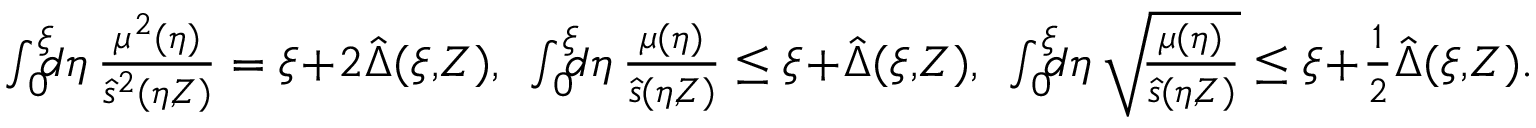
\begin{array} { r } { \int _ { 0 } ^ { \xi } \! \! \! d \eta \, \frac { \mu ^ { 2 } ( \eta ) } { \hat { s } ^ { 2 } ( \eta , \! Z ) } = \xi \! + \! 2 \hat { \Delta } ( \xi , \! Z ) , \: \: \int _ { 0 } ^ { \xi } \! \! \! d \eta \, \frac { \mu ( \eta ) } { \hat { s } ( \eta , \! Z ) } \le \xi \! + \! \hat { \Delta } ( \xi , \! Z ) , \: \: \int _ { 0 } ^ { \xi } \! \! \! d \eta \, \sqrt { \! \frac { \mu ( \eta ) } { \hat { s } ( \eta , \! Z ) } } \le \xi \! + \! \frac 1 2 \hat { \Delta } ( \xi , \! Z ) . \quad } \end{array}